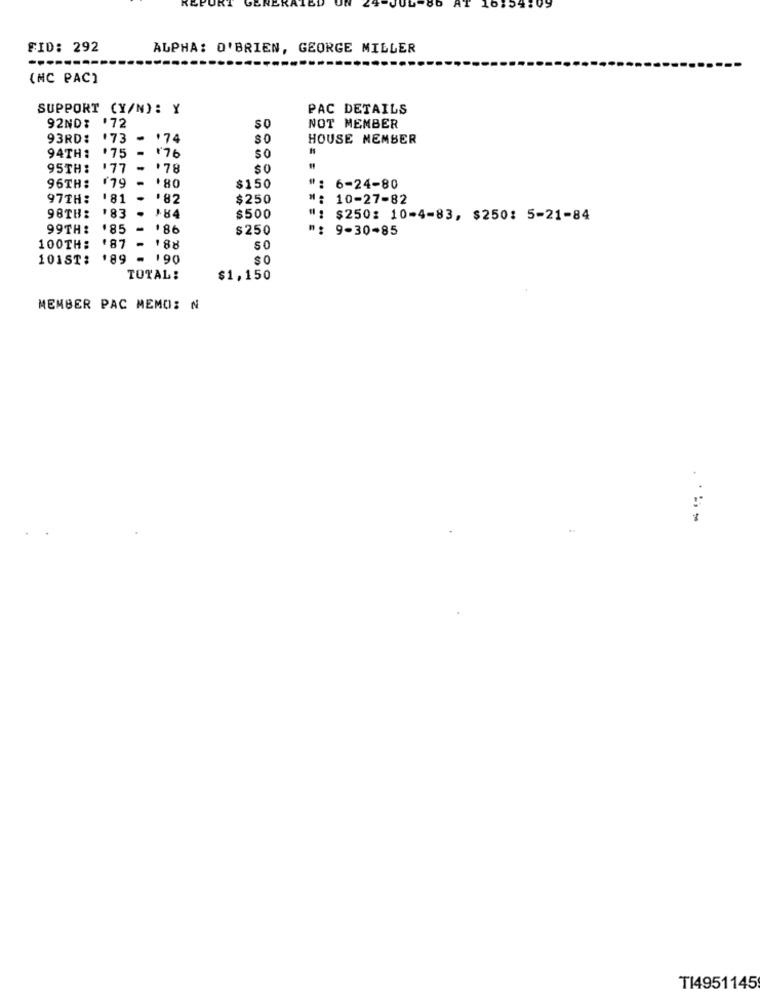
ERAT
16:54:09
FID: 292
ALPHA: O'BRIEN, GEORGE MILLER
(MC PAC)
SUPPORT (Y/N): Y
PAC DETAILS
92ND: '72
SO
NOT MEMBER
93RD:
.73
- '74
80
HOUSE MEMBER
94TH:
.75
176
50
95TH:
.77
-
'78
175
96TH:
'80
$150
6-24-80
97TH:
181
.82
$250
10-27-82
98TH: '83
+84
$500
$250: 10-4-83, $250: 5-21-84
99TH: '85
186
$250
9-30-85
100TH: '87
50
101ST:
189 -
190
$0
TOTAL:
$1,150
MEMBER PAC MEMO: N
T14951145